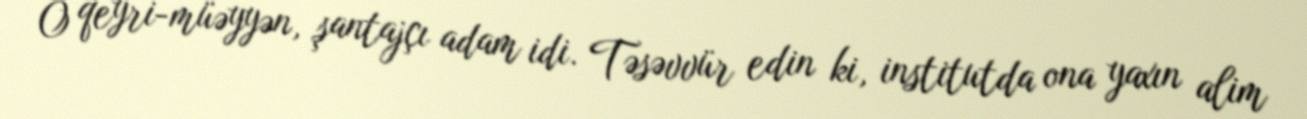
O qeyri-müəyyən, şantajçı adam idi. Təsəvvür edin ki, institutda ona yaxın alim